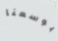
بوسعنا